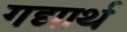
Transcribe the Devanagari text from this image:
गद्यार्थ